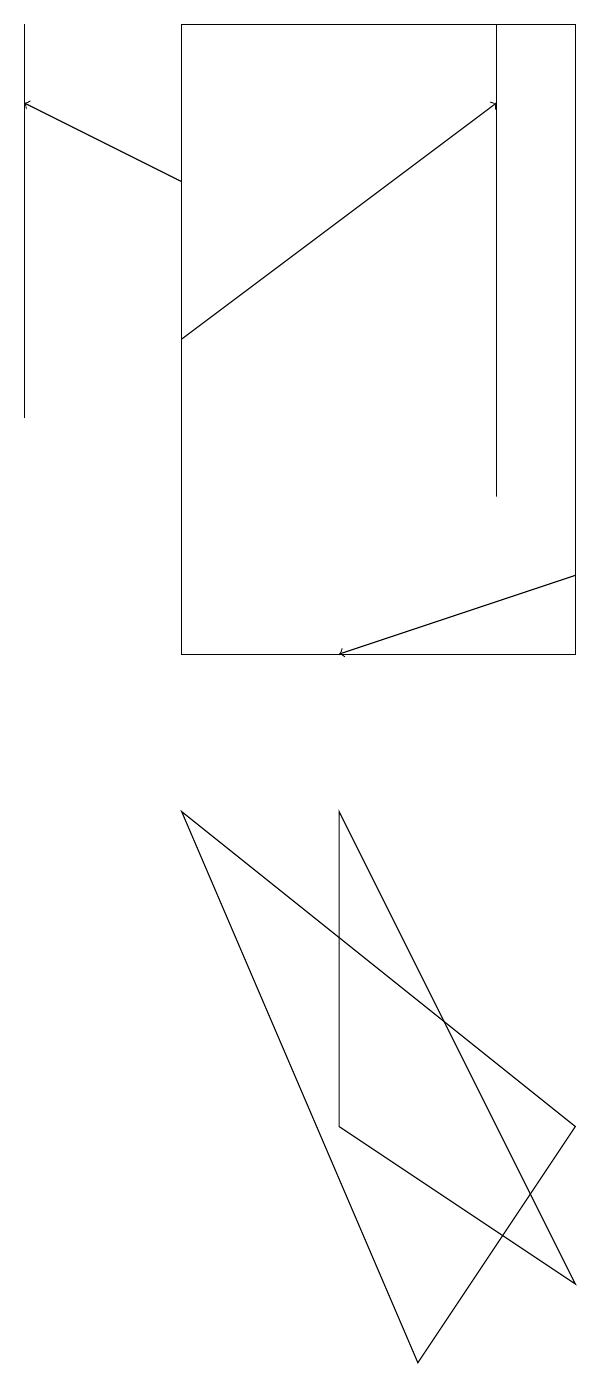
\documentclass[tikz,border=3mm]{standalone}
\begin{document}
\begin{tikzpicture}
\draw[->] (9,12) -- (6,11);
\draw (7,2) -- (4,9) -- (9,5) -- cycle;
\draw (2,19) rectangle (2,14);
\draw (6,9) -- (9,3) -- (6,5) -- cycle;
\draw[->] (4,15) -- (8,18);
\draw (4,19) rectangle (9,11);
\draw[->] (4,17) -- (2,18);
\draw (8,19) rectangle (8,13);
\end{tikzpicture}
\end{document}